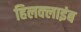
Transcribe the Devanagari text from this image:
हिलक्‍लाइंब